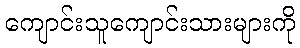
ကျောင်းသူကျောင်းသားများကို